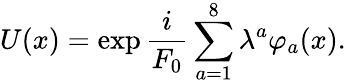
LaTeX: U(x)=\exp\frac{i}{F_{0}}\sum_{a=1}^{8}\lambda^{a}\varphi_{a}(x).